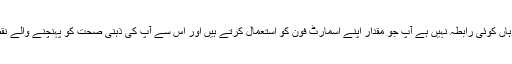
جبکہ متعدد بڑے پیمانے پر تعلیم حاصل کی مل گیا ہے کہ وہاں کوئی رابطہ نہیں ہے آپ جو مقدار اپنے اسمارٹ فون کو استعمال کرتے ہیں اور اس سے آپ کی ذہنی صحت کو پہنچنے والے نقصان کے درمیان ، یہ مشہور تاثر کہ اسمارٹ فون عادی ہیں۔